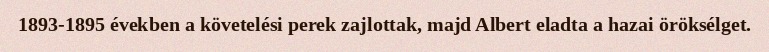
1893-1895 években a követelési perek zajlottak, majd Albert eladta a hazai öröksélget.